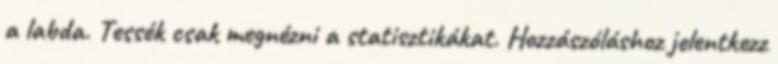
a labda. Tessék csak megnézni a statisztikákat. Hozzászóláshoz jelentkezz